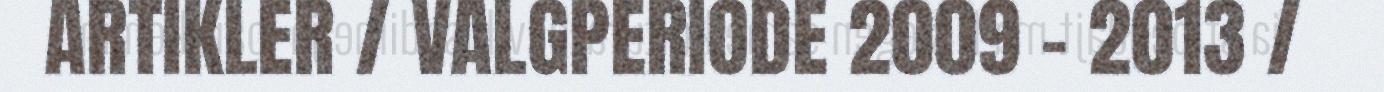
ARTIKLER / VALGPERIODE 2009 - 2013 /